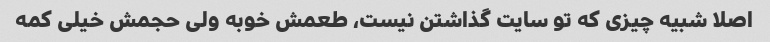
اصلا شبیه چیزی که تو سایت گذاشتن نیست، طعمش خوبه ولی حجمش خیلی کمه